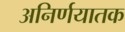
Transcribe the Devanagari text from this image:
अनिर्णयातक